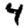
Digit: 4